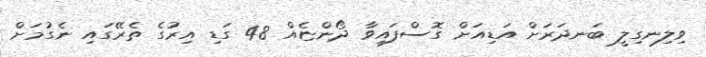
ވިލިނގިލީ ބަނދަރަށް އަޑިއަށް ގޮސްފައިވާ ދޯންޏެއް 48 ގަޑި އިރުގެ ތެރޭގައި ނެގުމަށް